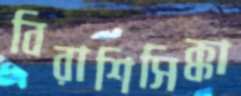
বিরাশিসিক্কা